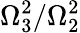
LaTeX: \Omega_{3}^{2}/\Omega_{2}^{2}